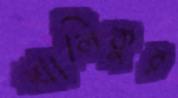
খালিকুর